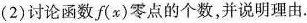
(2)讨论函数f(x)零点的个数，并说明理由.